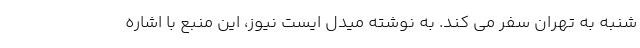
شنبه به تهران سفر می کند. به نوشته میدل ایست نیوز، این منبع با اشاره